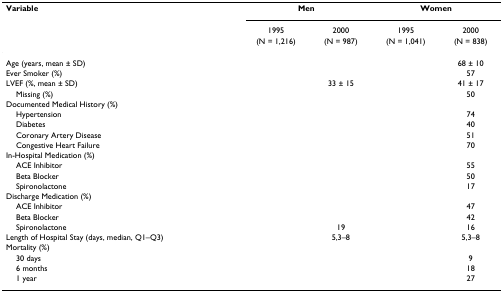
<table><thead><tr><td><b>Variable</b></td><td colspan="2"><b>Men</b></td><td colspan="2"><b>Women</b></td></tr><tr><td>[EMPTY_CELL]</td><td><b>1995</b></td><td><b>2000</b></td><td><b>1995</b></td><td><b>2000</b></td></tr><tr><td>[EMPTY_CELL]</td><td><b>(N = 1,216)</b></td><td><b>(N = 987)</b></td><td><b>(N = 1,041)</b></td><td><b>(N = 838)</b></td></tr></thead><tbody><tr><td>Age (years, mean ± SD)</td><td>[EMPTY_CELL]</td><td>[EMPTY_CELL]</td><td>[EMPTY_CELL]</td><td>68 ± 10</td></tr><tr><td>Ever Smoker (%)</td><td>[EMPTY_CELL]</td><td>[EMPTY_CELL]</td><td>[EMPTY_CELL]</td><td>57</td></tr><tr><td>LVEF (%, mean ± SD)</td><td>[EMPTY_CELL]</td><td>33 ± 15</td><td>[EMPTY_CELL]</td><td>41 ± 17</td></tr><tr><td> Missing (%)</td><td>[EMPTY_CELL]</td><td>[EMPTY_CELL]</td><td>[EMPTY_CELL]</td><td>50</td></tr><tr><td>Documented Medical History (%)</td><td>[EMPTY_CELL]</td><td>[EMPTY_CELL]</td><td>[EMPTY_CELL]</td><td>[EMPTY_CELL]</td></tr><tr><td> Hypertension</td><td>[EMPTY_CELL]</td><td>[EMPTY_CELL]</td><td>[EMPTY_CELL]</td><td>74</td></tr><tr><td> Diabetes</td><td>[EMPTY_CELL]</td><td>[EMPTY_CELL]</td><td>[EMPTY_CELL]</td><td>40</td></tr><tr><td> Coronary Artery Disease</td><td>[EMPTY_CELL]</td><td>[EMPTY_CELL]</td><td>[EMPTY_CELL]</td><td>51</td></tr><tr><td> Congestive Heart Failure</td><td>[EMPTY_CELL]</td><td>[EMPTY_CELL]</td><td>[EMPTY_CELL]</td><td>70</td></tr><tr><td>In-Hospital Medication (%)</td><td>[EMPTY_CELL]</td><td>[EMPTY_CELL]</td><td>[EMPTY_CELL]</td><td>[EMPTY_CELL]</td></tr><tr><td> ACE Inhibitor</td><td>[EMPTY_CELL]</td><td>[EMPTY_CELL]</td><td>[EMPTY_CELL]</td><td>55</td></tr><tr><td> Beta Blocker</td><td>[EMPTY_CELL]</td><td>[EMPTY_CELL]</td><td>[EMPTY_CELL]</td><td>50</td></tr><tr><td> Spironolactone</td><td>[EMPTY_CELL]</td><td>[EMPTY_CELL]</td><td>[EMPTY_CELL]</td><td>17</td></tr><tr><td>Discharge Medication (%)</td><td>[EMPTY_CELL]</td><td>[EMPTY_CELL]</td><td>[EMPTY_CELL]</td><td>[EMPTY_CELL]</td></tr><tr><td> ACE Inhibitor</td><td>[EMPTY_CELL]</td><td>[EMPTY_CELL]</td><td>[EMPTY_CELL]</td><td>47</td></tr><tr><td> Beta Blocker</td><td>[EMPTY_CELL]</td><td>[EMPTY_CELL]</td><td>[EMPTY_CELL]</td><td>42</td></tr><tr><td> Spironolactone</td><td>[EMPTY_CELL]</td><td>19</td><td>[EMPTY_CELL]</td><td>16</td></tr><tr><td>Length of Hospital Stay (days, median, Q1–Q3)</td><td>[EMPTY_CELL]</td><td>5,3–8</td><td>[EMPTY_CELL]</td><td>5,3–8</td></tr><tr><td>Mortality (%)</td><td>[EMPTY_CELL]</td><td>[EMPTY_CELL]</td><td>[EMPTY_CELL]</td><td>[EMPTY_CELL]</td></tr><tr><td> 30 days</td><td>[EMPTY_CELL]</td><td>[EMPTY_CELL]</td><td>[EMPTY_CELL]</td><td>9</td></tr><tr><td> 6 months</td><td>[EMPTY_CELL]</td><td>[EMPTY_CELL]</td><td>[EMPTY_CELL]</td><td>18</td></tr><tr><td> 1 year</td><td>[EMPTY_CELL]</td><td>[EMPTY_CELL]</td><td>[EMPTY_CELL]</td><td>27</td></tr></tbody></table>